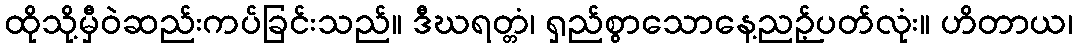
ထိုသို့မှီဝဲဆည်းကပ်ခြင်းသည်။ ဒီဃရတ္တံ၊ ရှည်စွာသောနေ့ညဉ့်ပတ်လုံး။ ဟိတာယ၊